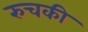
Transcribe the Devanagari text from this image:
रुचकी